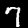
Digit: 7